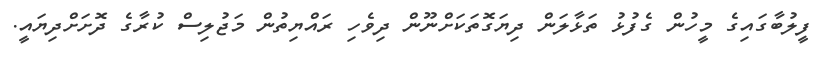
ފީލުބާގައިގެ މީހުން ގެފުޅު ތަޅާލަން ދިޔަގޮތަކަށްނޫން ދިވެހި ރައްޔިތުން މަޖުލިސް ކުރާގެ ދޮށަށްދިޔައީ.